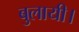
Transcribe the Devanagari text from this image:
बुलायी।